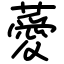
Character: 薆